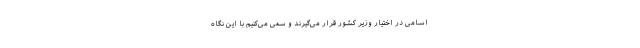
اسامی در اختیار وزیر کشور قرار می‌گیرند و سعی می‌کنیم با این نگاه